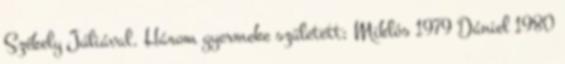
Székely Júliával. Három gyermeke született; Miklós 1979 Dániel 1980